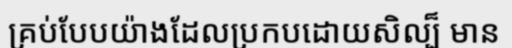
គ្រប់បែបយ៉ាងដែលប្រកបដោយសិល្ប៏ មាន